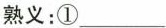
熟义：:① ___